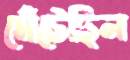
সেঁটেছিল